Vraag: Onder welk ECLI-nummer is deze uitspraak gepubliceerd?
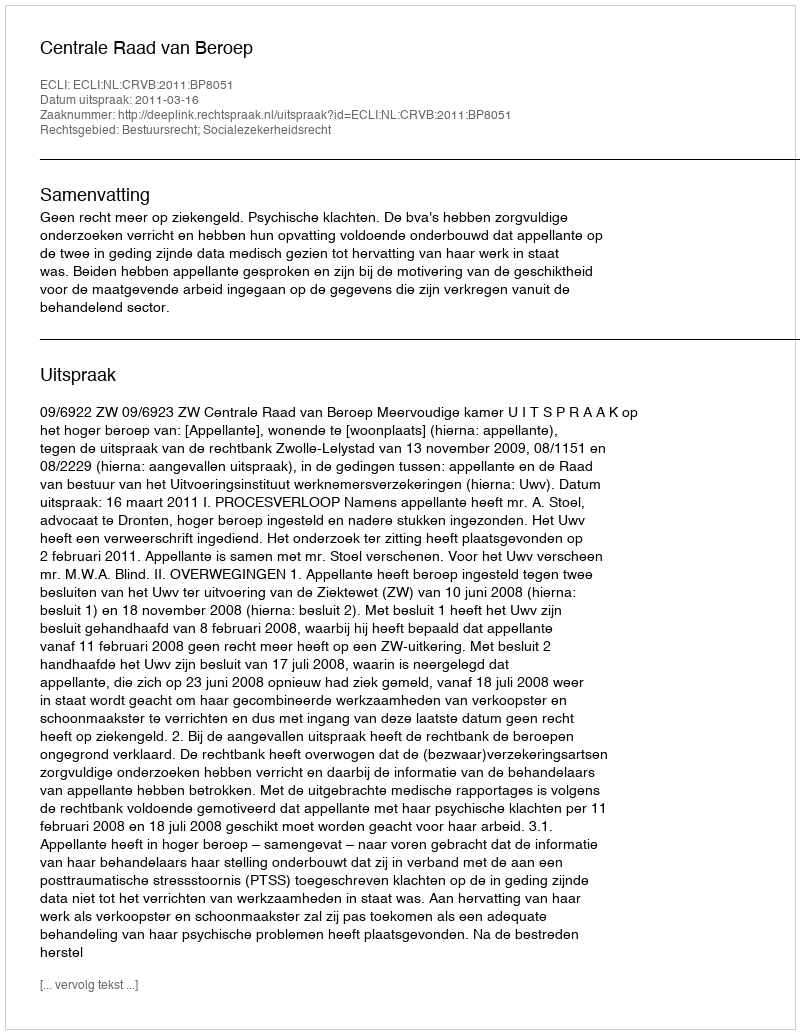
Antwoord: ECLI:NL:CRVB:2011:BP8051